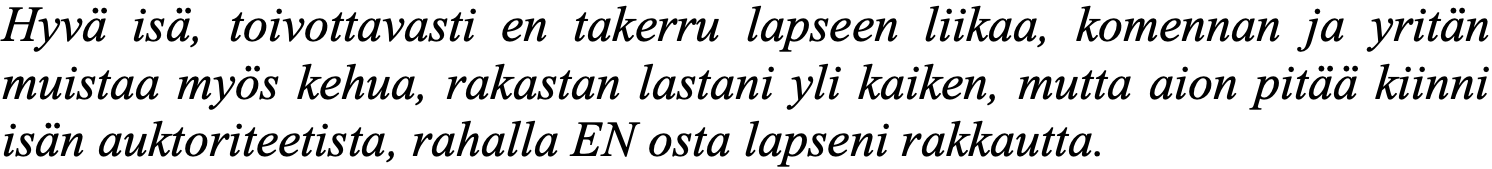
Hyvä isä, toivottavasti en takerru lapseen liikaa, komennan ja yritän muistaa myös kehua, rakastan lastani yli kaiken, mutta aion pitää kiinni isän auktoriteetista, rahalla EN osta lapseni rakkautta.